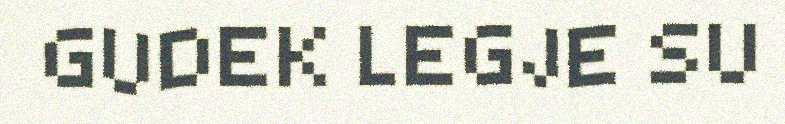
GUDEK LEGJE SU